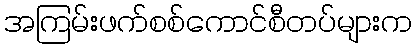
အကြမ်းဖက်စစ်ကောင်စီတပ်များက